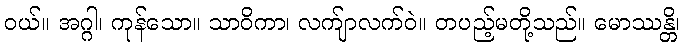
ဝယ်။ အဂ္ဂါ၊ ကုန်သော။ သာဝိကာ၊ လက်ျာလက်ဝဲ။ တပည့်မတို့သည်။ မောဿန္တိ၊